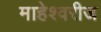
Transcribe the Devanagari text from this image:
माहेश्वरीज